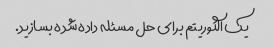
یک الگوریتم برای حل مسئله داده شده بسازید.